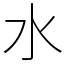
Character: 水